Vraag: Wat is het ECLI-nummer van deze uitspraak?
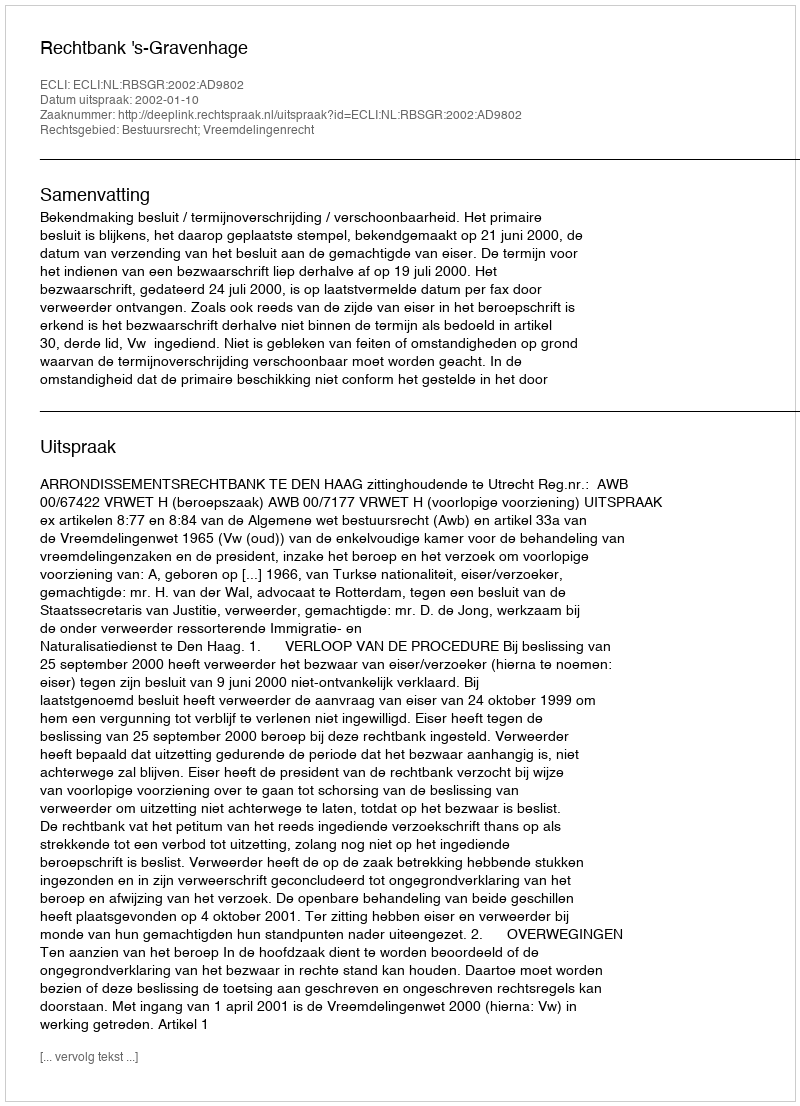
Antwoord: ECLI:NL:RBSGR:2002:AD9802